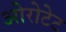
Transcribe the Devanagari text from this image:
ओरोटेट